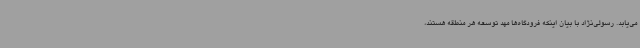
می‌یابد. رسولی‌نژاد با بیان اینکه فرودگاه‌ها مهد توسعه هر منطقه هستند،